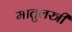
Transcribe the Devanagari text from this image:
मातुलस्त्री